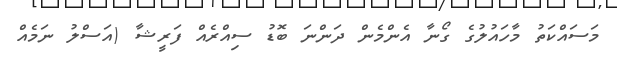
މަސައްކަތު މާހައުލުގެ ގޯނާ އެންމެން ދަންނަ ބޮޑު ސިއްރެއް ފަރީޝާ (އަސްލު ނަމެއް